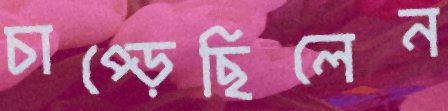
চাপ্‌ড়েছিলেন